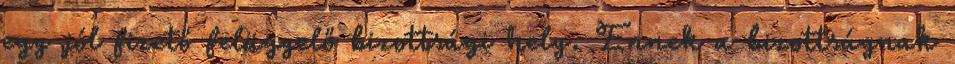
egy jól fizető felügyelő bizottsági hely. Ennek a bizottságnak